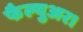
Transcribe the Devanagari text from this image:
फैल्युअर।